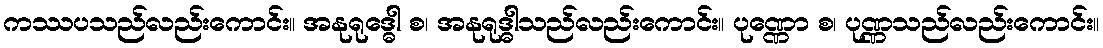
ကဿပသည်လည်းကောင်း။ အနုရုဒ္ဓေါ စ၊ အနုရုဒ္ဓါသည်လည်းကောင်း။ ပုဏ္ဏော စ၊ ပုဏ္ဏသည်လည်းကောင်း။